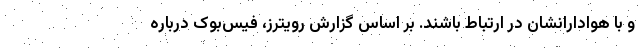
و با هوادارانشان در ارتباط باشند. بر اساس گزارش رویترز، فیس‌بوک درباره